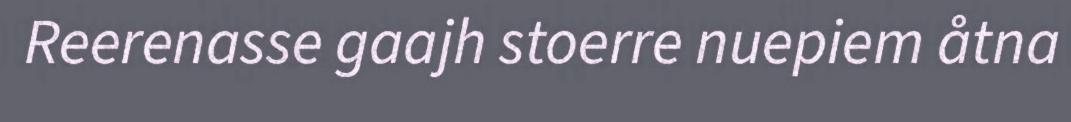
Reerenasse gaajh stoerre nuepiem åtna